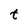
Character: t